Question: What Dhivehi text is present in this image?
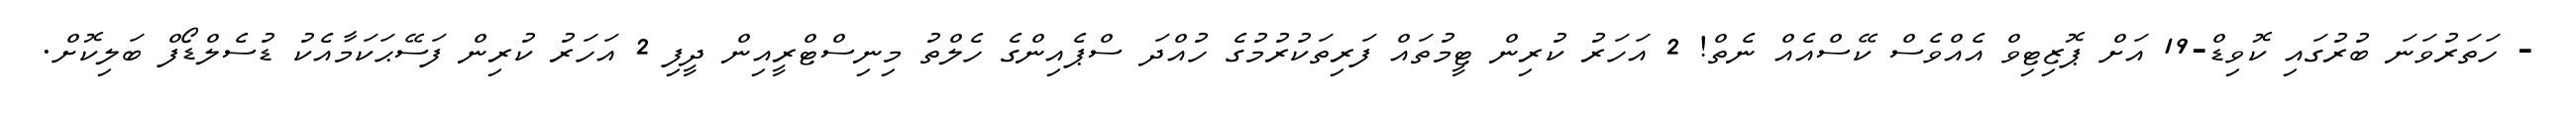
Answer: - ހަތަރުވަނަ ބުރުގައި ކޮވިޑް-19 އަށް ޕޮޒިޓިވް އެއްވެސް ކޭސްއެއް ނެތް! 2 އަހަރު ކުރިން ޓީމުތައް ފަރިތަކުރުމުގެ ހުއްދަ ސްޕެއިންގެ ހެލްތު މިނިސްޓްރީއިން ދީފި 2 އަހަރު ކުރިން ފަސޭޙަކަމާއެކު ޑުސެލްޑޯފް ބަލިކޮށް.